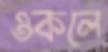
ওকলে